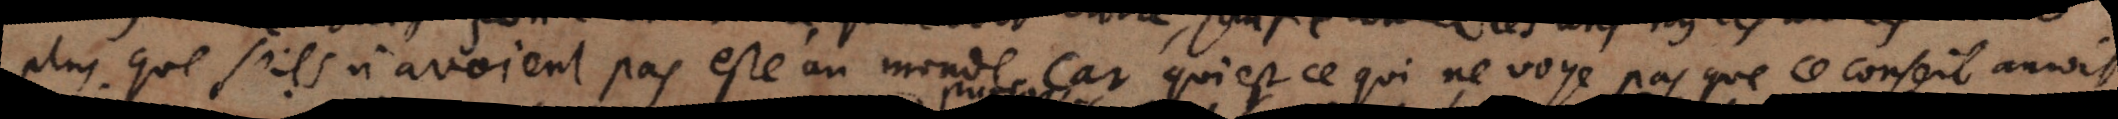
plus que s’ils n’avoient pas esté au monde car qui est ce qui ne voye pas que ce conseil auroit